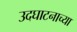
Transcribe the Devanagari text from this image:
उदघाटनाच्या